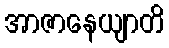
အာဇာနေယျာတိ